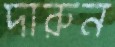
দারুন